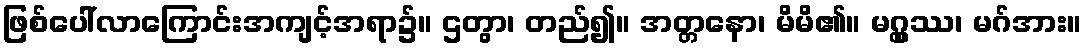
ဖြစ်ပေါ်လာကြောင်းအကျင့်အရာ၌။ ဌတွာ၊ တည်၍။ အတ္တနော၊ မိမိ၏။ မဂ္ဂ္ထဿ၊ မဂ်အား။